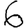
Digit: 6